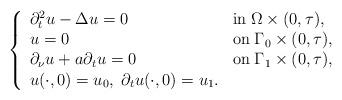
LaTeX: \begin{align*}\left\{\begin{array}{lll} \partial _t^2 u - \Delta u = 0 &\mbox{in}\; \Omega \times (0,\tau), \\u = 0 &\mbox{on}\; \Gamma _0 \times (0,\tau), \\\partial _\nu u +a\partial _tu=0 &\mbox{on}\; \Gamma _1 \times (0,\tau), \\u(\cdot ,0) = u_0,\; \partial_t u (\cdot ,0) = u_1.\end{array}\right.\end{align*}